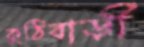
কুঠিবাড়ী